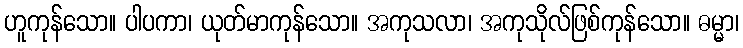
ဟူကုန်သော။ ပါပကာ၊ ယုတ်မာကုန်သော။ အကုသလာ၊ အကုသိုလ်ဖြစ်ကုန်သော။ ဓမ္မာ၊